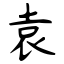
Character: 袁